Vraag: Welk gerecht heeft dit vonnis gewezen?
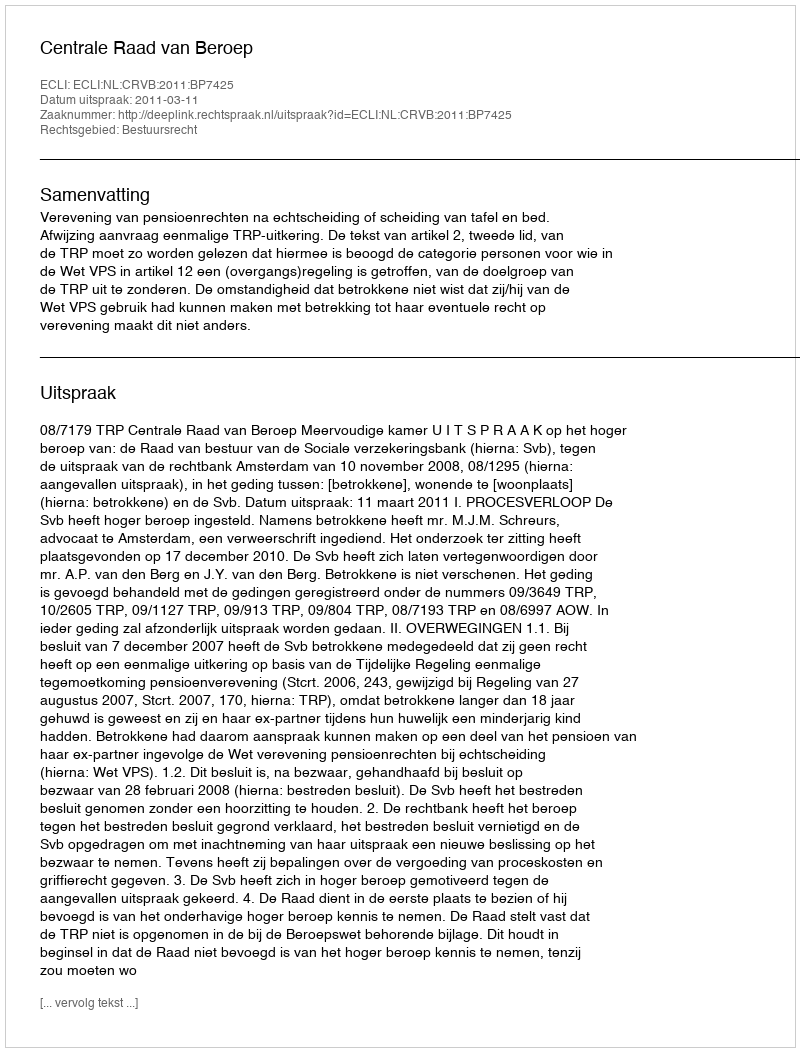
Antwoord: Centrale Raad van Beroep